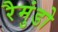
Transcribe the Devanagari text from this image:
रैमुंडो